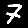
Digit: 7